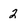
Character: 2